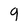
Character: 9